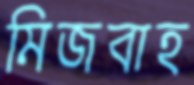
মিজবাহ